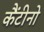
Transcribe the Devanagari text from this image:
कैंटीनो